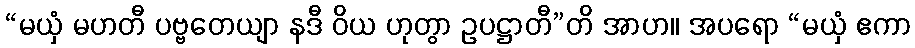
“မယှံ မဟတီ ပဗ္ဗတေယျာ နဒီ ဝိယ ဟုတွာ ဥပဋ္ဌာတီ”တိ အာဟ။ အပရော “မယှံ ဧကာ